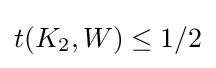
t(K_{2},W)\leq 1/2